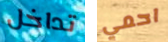
تداخل احمي